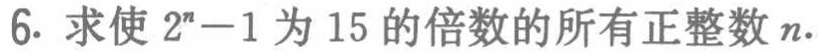
6. 求使 \(2^{n}-1\) 为 15 的倍数的所有正整数 \(n\).